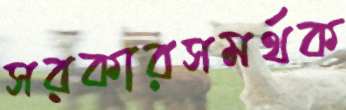
সরকারসমর্থক